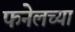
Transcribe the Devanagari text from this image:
फनेलच्या